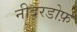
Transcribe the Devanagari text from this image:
नीदरडोर्फ़